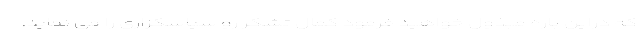
که دراین باره مبذول خواهید فرمود کمال تشکر رو سپاسگزاری را می نماید.